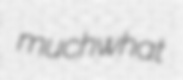
muchwhat